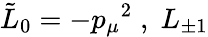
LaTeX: \tilde{L}_{0}=-{p_{\mu}}^{2}\; ,\; L_{\pm 1}